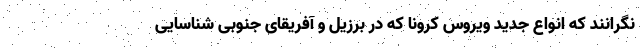
نگرانند كه انواع جدید ویروس کرونا که در برزیل و آفریقای جنوبی شناسایی